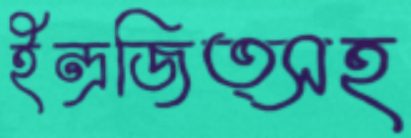
ইন্দ্রজিত্সহ